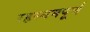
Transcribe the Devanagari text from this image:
रहस्यमपूर्ण